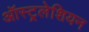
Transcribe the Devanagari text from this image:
ऑस्ट्रलेशियन